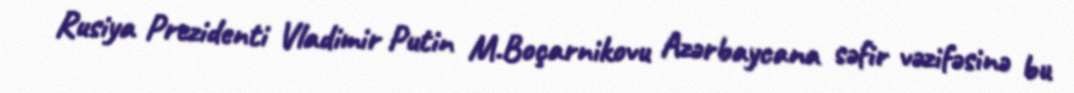
Rusiya Prezidenti Vladimir Putin M.Boçarnikovu Azərbaycana səfir vəzifəsinə bu